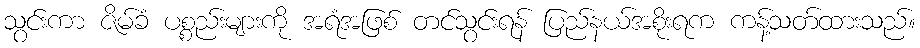
သွင်းကာ ဇိမ်ခံ ပစ္စည်းများကို အရံအဖြစ် တင်သွင်းရန် ပြည်နယ်အစိုးရက ကန့်သတ်ထားသည်။